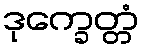
ဒုက္ခေတ္တံ